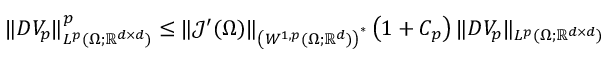
\begin{array} { r } { \| D V _ { p } \| _ { L ^ { p } ( \Omega ; \mathbb { R } ^ { d \times d } ) } ^ { p } \leq \| \mathcal { J } ^ { \prime } ( \Omega ) \| _ { \left( W ^ { 1 , p } ( \Omega ; \mathbb { R } ^ { d } ) \right) ^ { * } } \left( 1 + C _ { p } \right) \| D V _ { p } \| _ { L ^ { p } ( \Omega ; \mathbb { R } ^ { d \times d } ) } } \end{array}